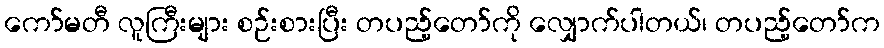
ကော်မတီ လူကြီးများ စဉ်းစားပြီး တပည့်တော်ကို လျှောက်ပါတယ်၊ တပည့်တော်က